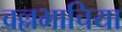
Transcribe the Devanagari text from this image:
वल्लभाचिया